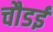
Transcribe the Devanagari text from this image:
चौडई